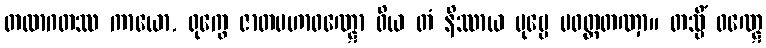
တထာဂတဿ ကာယော, ရုက္ခေ ဇာတမဟာဝဏ္ဋော ဝိယ တံ နိဿာယ ပုဗ္ဗေ ပဝတ္တတဏှာ။ တသ္မိံ ဝဏ္ဋေ